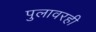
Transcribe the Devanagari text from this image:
पुलावरही